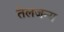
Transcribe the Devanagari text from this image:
तेलजन्य